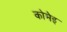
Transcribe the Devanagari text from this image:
कोमेइ